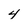
Character: 4